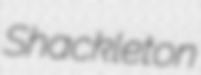
Shackleton